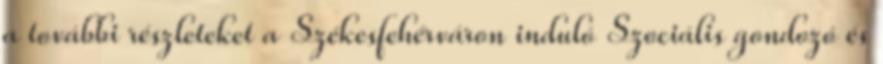
a további részleteket a Székesfehérváron induló Szociális gondozó és